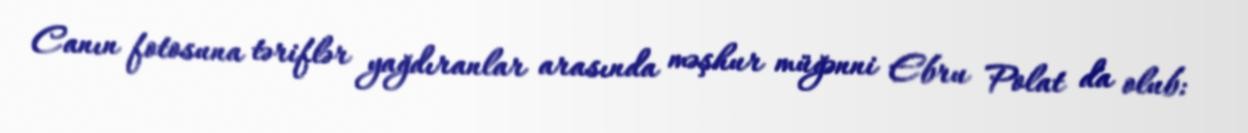
Canın fotosuna təriflər yağdıranlar arasında məşhur müğənni Ebru Polat da olub: